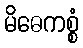
မိဓေကစ္စံ